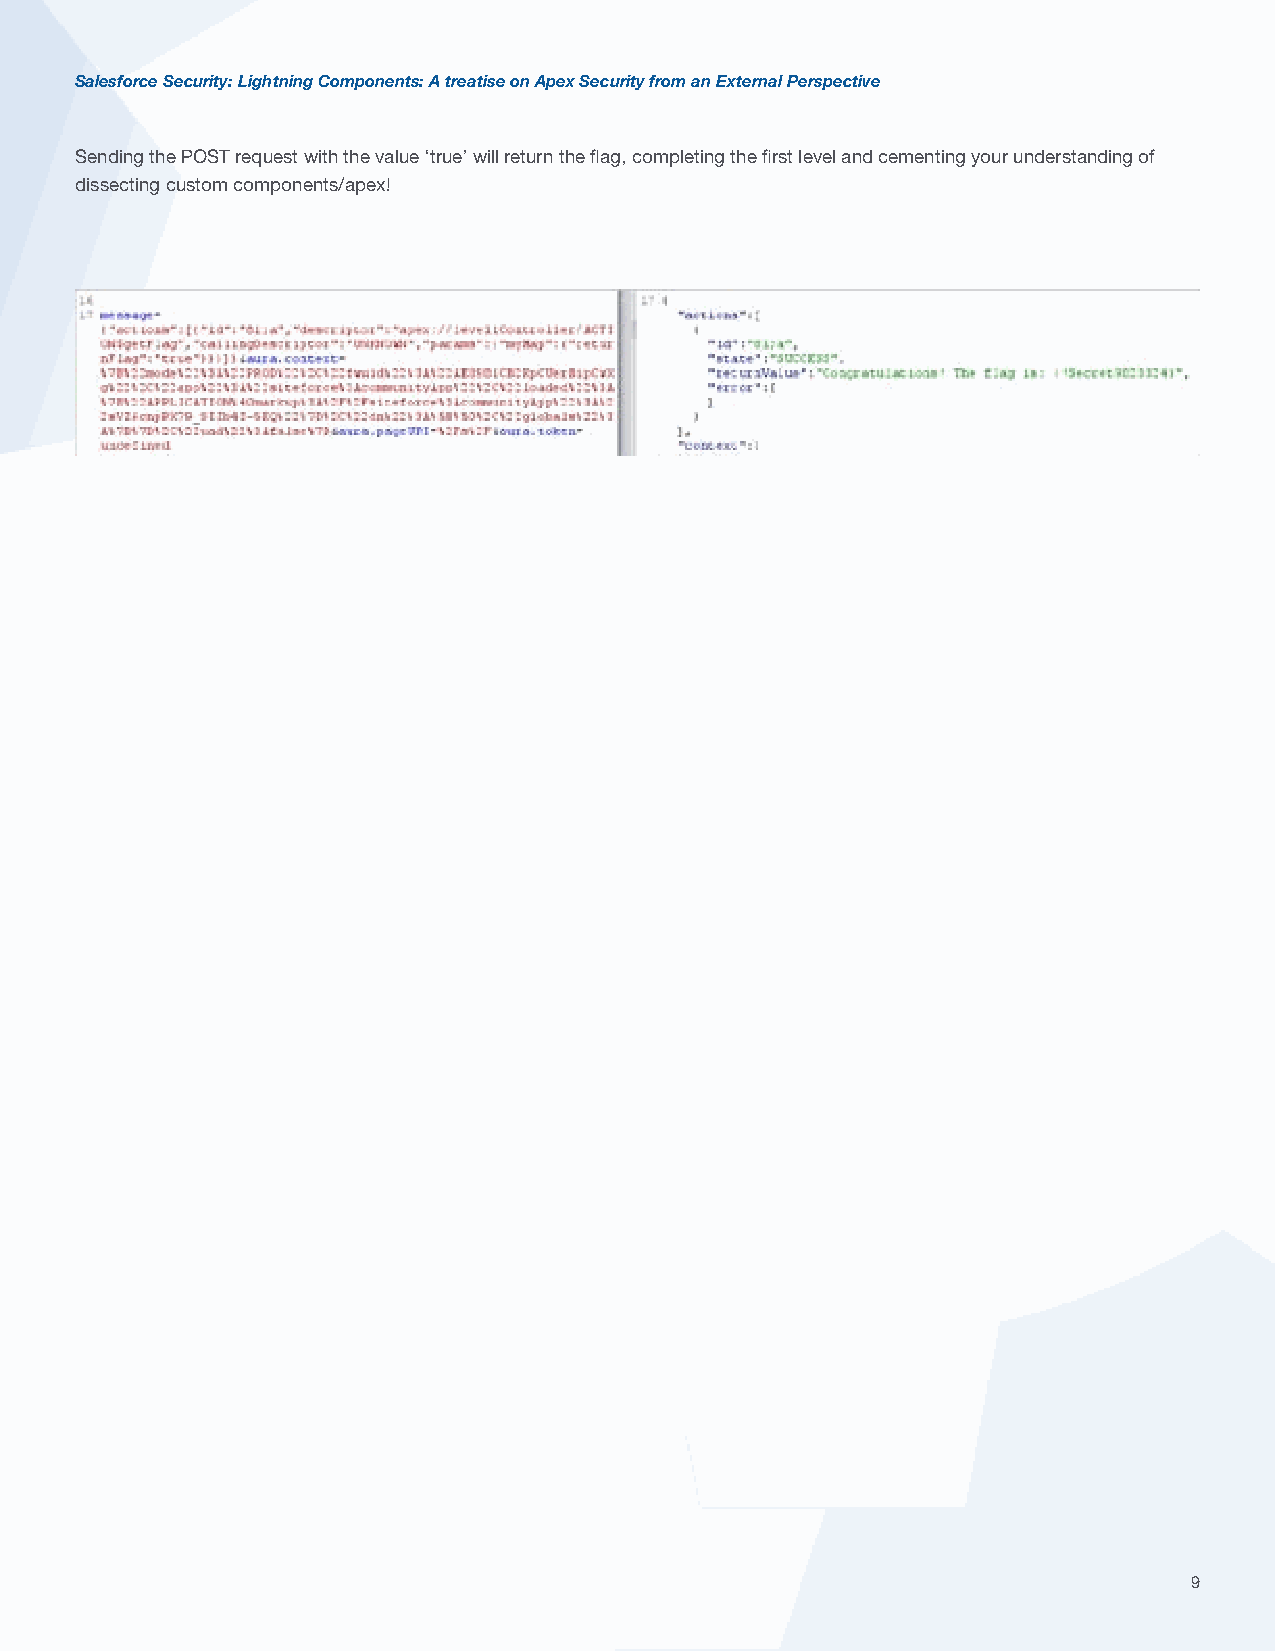
Salesforce Security: Lightning Components: A treatise on Apex Security from an External Perspective
 Sending the POST request with the value ‘true’ will return the flag, completing the first level and cementing your understanding of
 dissecting custom components/apex!
 9